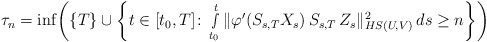
\begin{align*} \tau_n= \inf\!\left( \{ T \} \cup \left\{ t \in [ t_0, T ] \colon \smallint_{ t_0 }^t \| \varphi'( S_{ s, T } X_s ) \, S_{ s, T } \, Z_s \|^2_{ HS( U, V ) } \, ds \geq n \right\} \right)\end{align*}